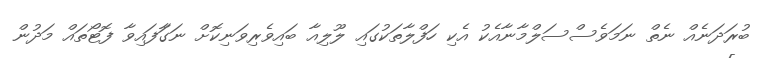
ބުރަދަނެއް ނެތް ނަމަވެސްސަލްމާނާއެކު އެކި ހަފްލާތަކުގައި ލޫލިއާ ބައިވެރިވަނިކޮށް ނަގަާފައިވާ ފޮޓޯތައް މަދުން